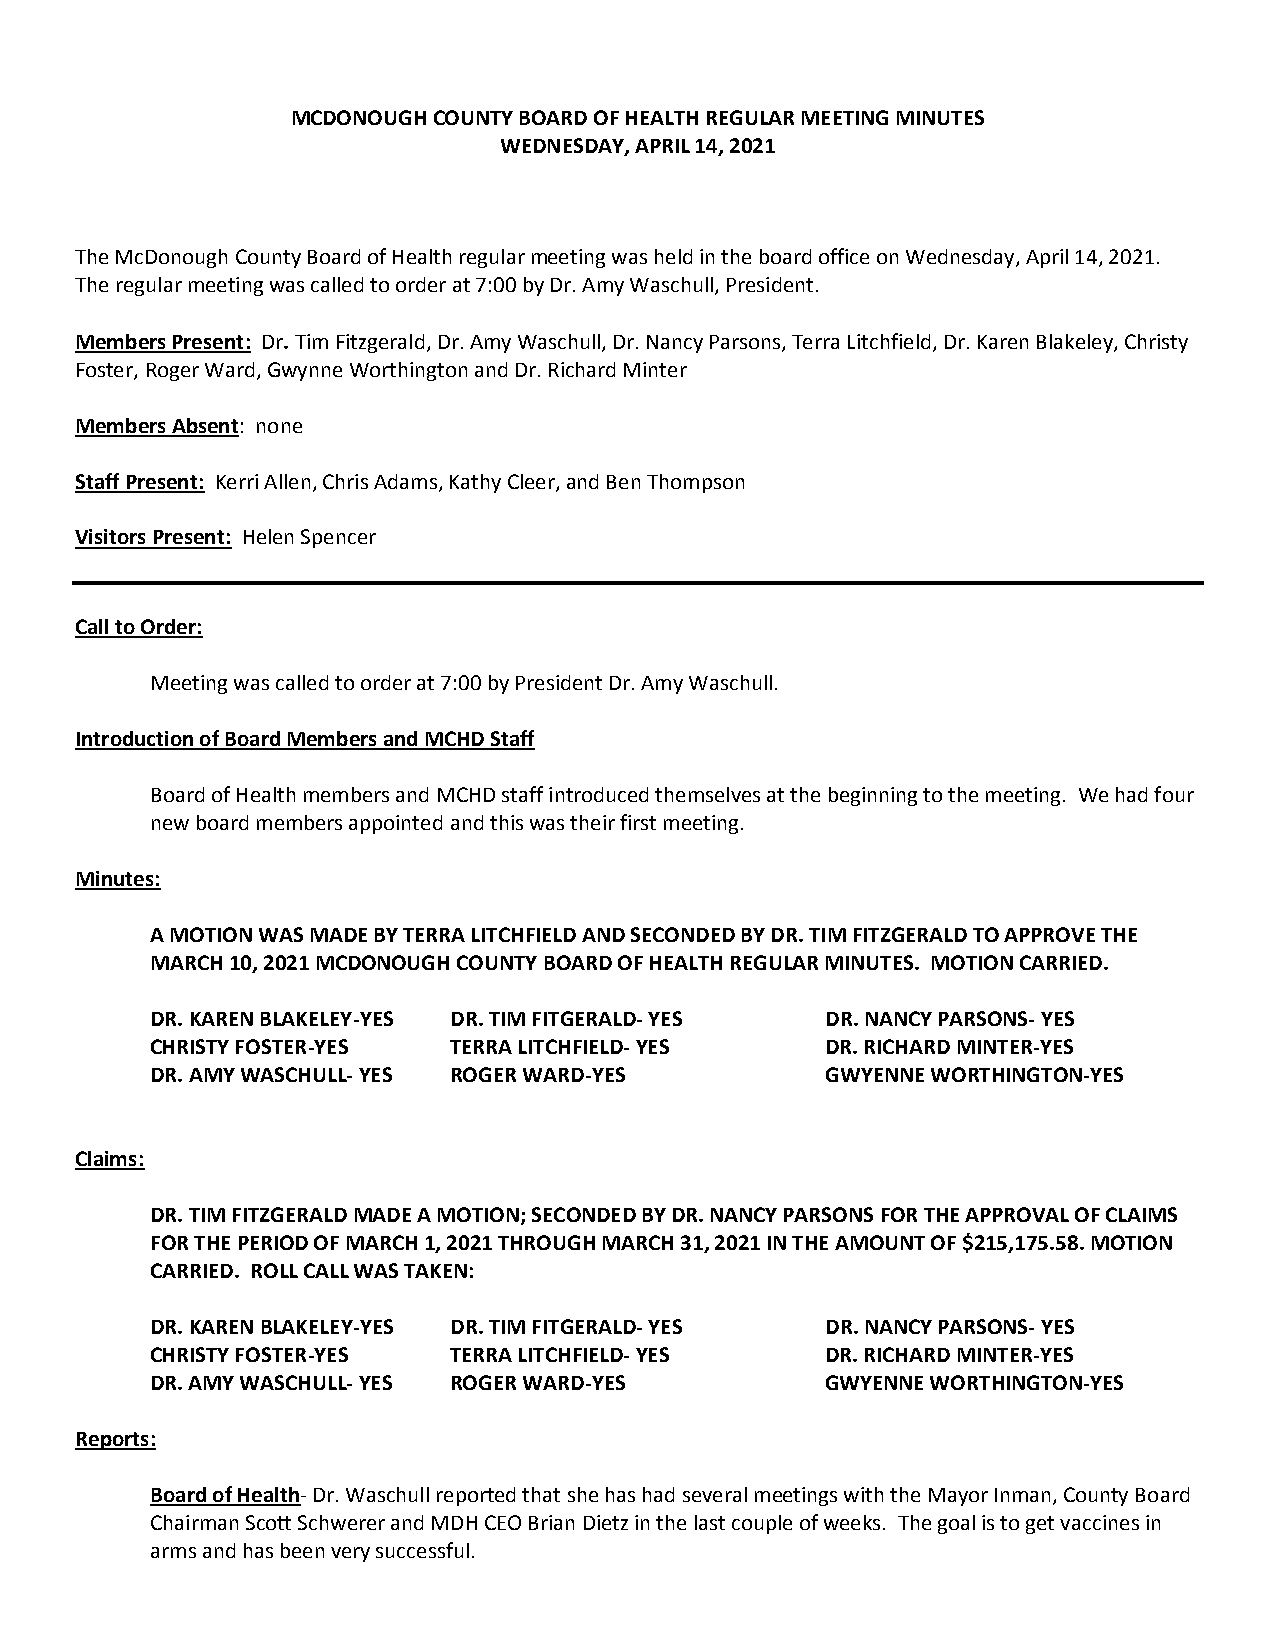
MCDONOUGH COUNTY BOARD OF HEALTH REGULAR MEETING MINUTES
 WEDNESDAY, APRIL 14, 2021
 The McDonough County Board of Health regular meeting was held in the board office on Wednesday, April 14, 2021.
 The regular meeting was called to order at 7:00 by Dr. Amy Waschull, President.
 Members Present: Dr. Tim Fitzgerald, Dr. Amy Waschull, Dr. Nancy Parsons, Terra Litchfield, Dr. Karen Blakeley, Christy
 Foster, Roger Ward, Gwynne Worthington and Dr. Richard Minter
 Members Absent: none
 Staff Present: Kerri Allen, Chris Adams, Kathy Cleer, and Ben Thompson
 Visitors Present: Helen Spencer
 Call to Order:
 Meeting was called to order at 7:00 by President Dr. Amy Waschull.
 Introduction of Board Members and MCHD Staff
 Board of Health members and MCHD staff introduced themselves at the beginning to the meeting. We had four
 new board members appointed and this was their first meeting.
 Minutes:
 A MOTION WAS MADE BY TERRA LITCHFIELD AND SECONDED BY DR. TIM FITZGERALD TO APPROVE THE
 MARCH 10, 2021 MCDONOUGH COUNTY BOARD OF HEALTH REGULAR MINUTES. MOTION CARRIED.
 DR. KAREN BLAKELEY-YES DR. TIM FITGERALD- YES DR. NANCY PARSONS- YES
 CHRISTY FOSTER-YES  TERRA LITCHFIELD- YES    DR. RICHARD MINTER-YES
 DR. AMY WASCHULL- YES ROGER WARD-YES         GWYENNE WORTHINGTON-YES
 Claims:
 DR. TIM FITZGERALD MADE A MOTION; SECONDED BY DR. NANCY PARSONS FOR THE APPROVAL OF CLAIMS
 FOR THE PERIOD OF MARCH 1, 2021 THROUGH MARCH 31, 2021 IN THE AMOUNT OF $215,175.58. MOTION
 CARRIED. ROLL CALL WAS TAKEN:
 DR. KAREN BLAKELEY-YES DR. TIM FITGERALD- YES DR. NANCY PARSONS- YES
 CHRISTY FOSTER-YES  TERRA LITCHFIELD- YES    DR. RICHARD MINTER-YES
 DR. AMY WASCHULL- YES ROGER WARD-YES         GWYENNE WORTHINGTON-YES
 Reports:
 Board of Health- Dr. Waschull reported that she has had several meetings with the Mayor Inman, County Board
 Chairman Scott Schwerer and MDH CEO Brian Dietz in the last couple of weeks. The goal is to get vaccines in
 arms and has been very successful.